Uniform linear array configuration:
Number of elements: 8
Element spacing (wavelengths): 0.75
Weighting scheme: hann
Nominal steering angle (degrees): -60
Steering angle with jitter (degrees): -60.189
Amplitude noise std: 0.05
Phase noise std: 0.05

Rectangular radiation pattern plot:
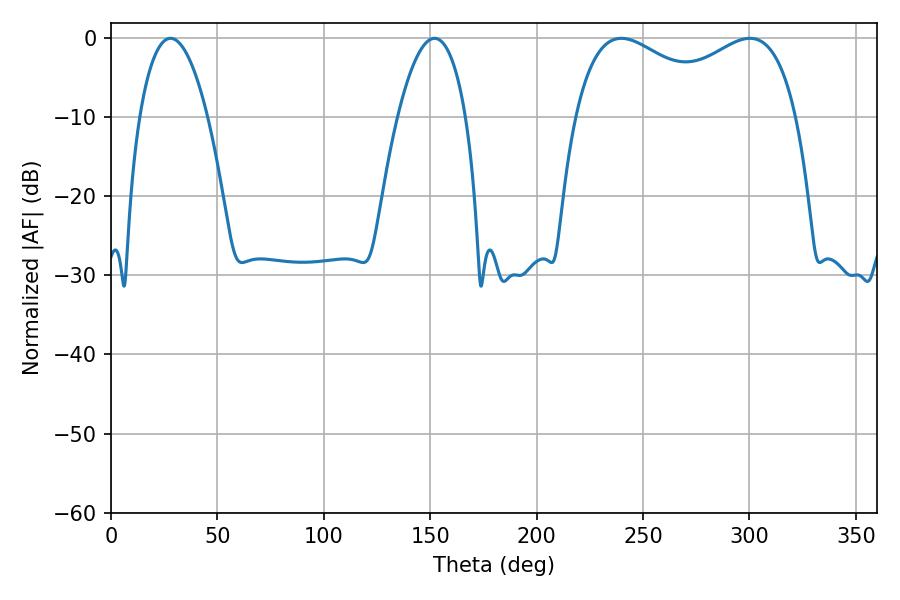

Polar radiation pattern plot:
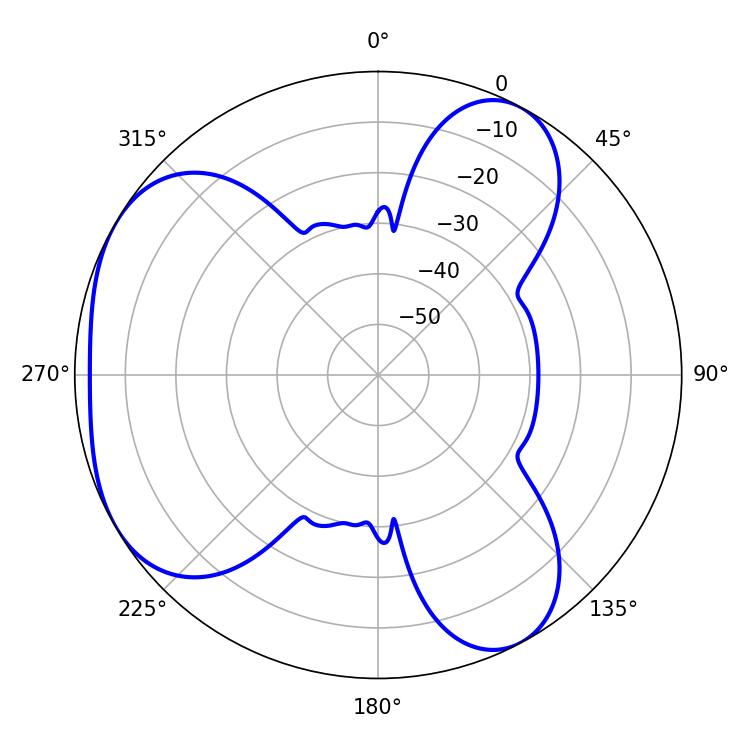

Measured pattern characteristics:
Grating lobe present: TRUE
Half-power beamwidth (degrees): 86.76
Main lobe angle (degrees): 239.76